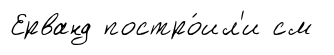
Ерванд постро́ил'и см